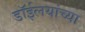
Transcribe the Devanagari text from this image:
डाॅईलयांच्या